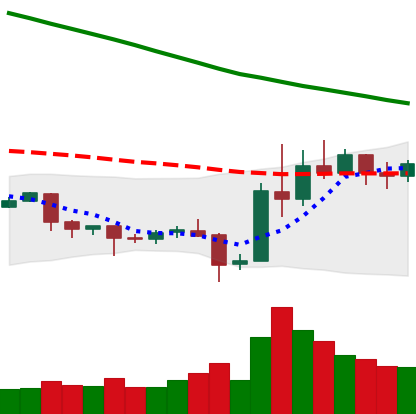
Ticker: EOS-USD
Chart end date: 2019-11-01
Forward return: 8.021%
Label: up_7plus